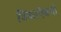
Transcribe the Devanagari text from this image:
डिंकाऐवची